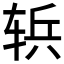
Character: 𮝶